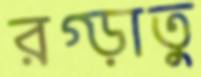
রগ্‌ড়াতু